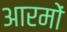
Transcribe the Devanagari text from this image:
आरमों